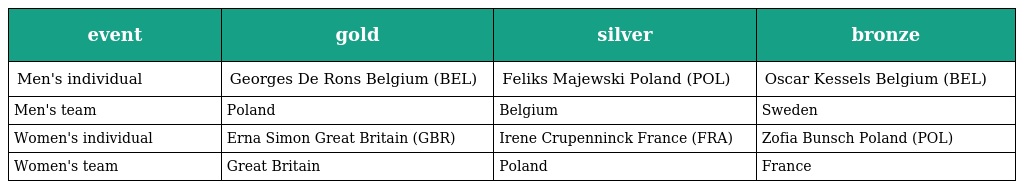
| event | gold | silver | bronze |
 | --- | --- | --- | --- |
 | Men's individual | Georges De Rons Belgium (BEL) | Feliks Majewski Poland (POL) | Oscar Kessels Belgium (BEL) |
 | Men's team | Poland | Belgium | Sweden |
 | Women's individual | Erna Simon Great Britain (GBR) | Irene Crupenninck France (FRA) | Zofia Bunsch Poland (POL) |
 | Women's team | Great Britain | Poland | France |